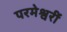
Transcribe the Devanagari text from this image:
परमेश्वरीं